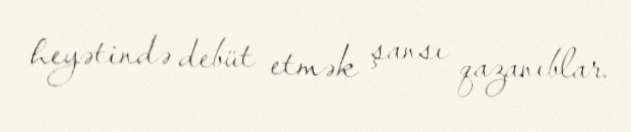
heyətində debüt etmək şansı qazanıblar.